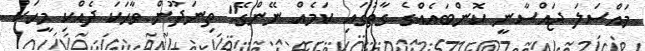
މައްސަލަ ޖައްސާނީ ކޮންބައެއްގެ ގާތުގައި ކަމެއް ނޭންގޭ" ތިނަދޫން ވާހަކަ ދެއްކި މީހަކު